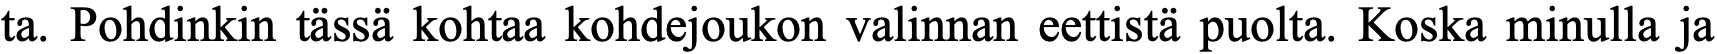
ta. Pohdinkin tässä kohtaa kohdejoukon valinnan eettistä puolta. Koska minulla ja